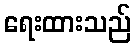
ရေးထားသည်